Vaccination in Bombay 1889-1901 - 1889-1901
Year: 1889
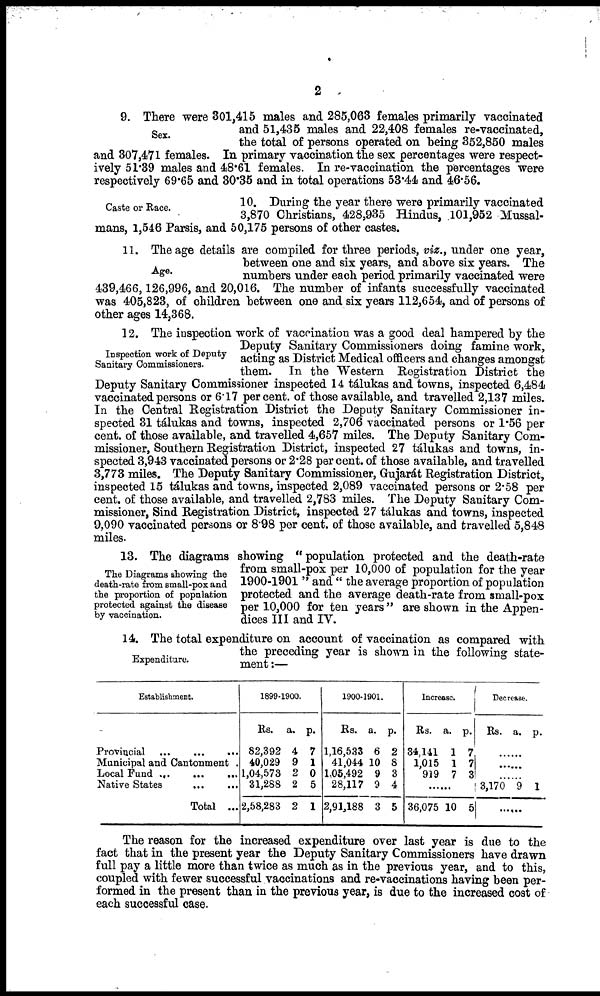
2
Sex.
9. There were 301,415 males and 285,063 females primarily vaccinated
and 51,435 males and 22,408 females re-vaccinated,
the total of persons operated on being 352,850 males
and 307,471 females. In primary vaccination the sex percentages were respect-
ively 51.39 males and 48.61 females. In re-vaccination the percentages were
respectively 69.65 and 30.35 and in total operations 53.44 and 46.56.
Caste or Race.
10. During the year there were primarily vaccinated
3,870 Christians, 428,935 Hindus, 101,952 Mussal¬
mans, 1,546 Parsis, and 50,175 persons of other castes.
Age.
11. The age details are compiled for three periods, viz., under one year,
between one and six years, and above six years. The
numbers under each period primarily vaccinated were
439, 466, 126, 996, and 20,016. The number of infants successfully vaccinated
was 405,823, of children between one and six years 112,654, and of persons of
other ages 14,368.
Inspection work of Deputy
Sanitary Commissioners.
12. The inspection work of vaccination was a good deal hampered by the
Deputy Sanitary Commissioners doing famine work,
acting as District Medical officers and changes amongst
them. In the Western Registration District the
Deputy Sanitary Commissioner inspected 14 tálukas and towns, inspected 6,484
vaccinated persons or 6.17 per cent. of those available, and travelled 2,137 miles.
In the Central Registration District the Deputy Sanitary Commissioner in-
spected 31 tálukas and towns, inspected 2,706 vaccinated persons or 1.56 per
cent. of those available, and travelled 4,657 miles. The Deputy Sanitary Com-
missioner, Southern Registration District, inspected 27 tálukas and towns, in-
spected 3,943 vaccinated persons or 2.28 per cent. of those available, and travelled
3,773 miles. The Deputy Sanitary Commissioner, Gujarát Registration District,
inspected 15 tálukas and towns, inspected 2,089 vaccinated persons or 2.58 per
cent. of those available, and travelled 2,783 miles. The Deputy Sanitary Com-
missioner, Sind Registration District, inspected 27 tálukas and towns, inspected
9,090 vaccinated persons or 8.98 per cent. of those available, and travelled 5,848
miles.
The Diagrams showing the
death-rate from small-pox and
the proportion of population
protected against the disease
by vaccination.
13. The diagrams showing "population protected and the death-rate
from small-pox per 10,000 of population for the year
1900-1901 " and " the average proportion of population
protected and the average death-rate from small-pox
per 10,000 for ten years " are shown in the Appen-
dices III and IV.
Expenditure.
14. The total expenditure on account of vaccination as compared with
the preceding year is shown in the following state-
ment :—
Establishment.
Provincial ...
...
...
Municipal and Cantonment .
Local Fund ...
...
...
Native States
...
...
Total ...
1899-1900.
Rs.
82,392
40,029
1,04,573
31,288
2,58,283
a.
4
9
2
2
2
p.
7
1
0
5
1
1900-1901.
Rs.
1,16,533
41,044
1,05,492
28,117
2,91,188
a.
6
10
9
9
3
p.
2
8
3
4
5
Increase.
Rs.
34,141
1,015
919
a.
1
1
7
p.
7
7
3
......
36,075 10 5
Decrease.
Rs. a. p.
......
......
......
3,170 9 1
......
The reason for the increased expenditure over last year is due to the
fact that in the present year the Deputy Sanitary Commissioners have drawn
full pay a little more than twice as much as in the previous year, and to this,
coupled with fewer successful vaccinations and re-vaccinations having been per-
formed in the present than in the previous year, is due to the increased cost of
each successful case.